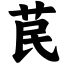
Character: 苠